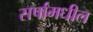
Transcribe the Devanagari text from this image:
सर्पांमधील